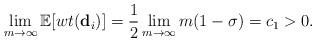
LaTeX: \begin{align*} \lim_{m \to \infty} \mathbb{E}[wt(\mathbf{d}_i)] = \frac{1}{2} \lim_{m \to \infty} m(1-\sigma) = c_1 > 0. \end{align*}